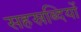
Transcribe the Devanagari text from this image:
सहस्रब्दियों